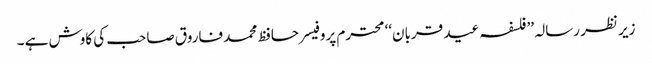
زیر نظر رسالہ ’’فلسفہ عید قربان‘‘ محترم پروفیسر حافظ محمد فاروق صاحب کی کاوش ہے ۔